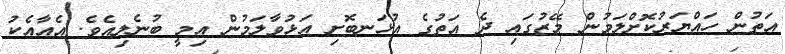
އަތުން ހައްޔަރުކޮށްލަމުން މޭޒުގައި ދެ އަތުގެ އުޅަނބޮށި އަޅުވާލަމުން އިމީ ބުނެލިއެވެ. އެއާއެކު